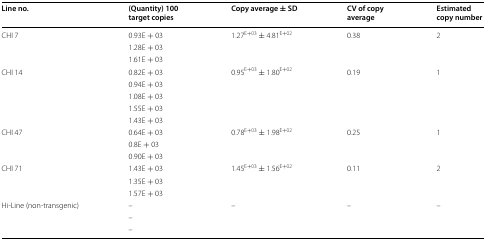
<table><thead><tr><td><b>Line no.</b></td><td><b>(Quantity) 100 target copies</b></td><td><b>Copy average ± SD</b></td><td><b>CV of copy average</b></td><td><b>Estimated copy number</b></td></tr></thead><tbody><tr><td rowspan="3">CHI 7</td><td>0.93E + 03</td><td rowspan="3">1.27<sup>E+03</sup> ± 4.81<sup>E+02</sup></td><td rowspan="3">0.38</td><td rowspan="3">2</td></tr><tr><td>1.28E + 03</td></tr><tr><td>1.61E + 03</td></tr><tr><td rowspan="5">CHI 14</td><td>0.82E + 03</td><td rowspan="5">0.95<sup>E+03</sup> ± 1.80<sup>E+02</sup></td><td rowspan="5">0.19</td><td rowspan="5">1</td></tr><tr><td>0.94E + 03</td></tr><tr><td>1.08E + 03</td></tr><tr><td>1.55E + 03</td></tr><tr><td>1.43E + 03</td></tr><tr><td rowspan="3">CHI 47</td><td>0.64E + 03</td><td rowspan="3">0.78<sup>E+03</sup> ± 1.98<sup>E+02</sup></td><td rowspan="3">0.25</td><td rowspan="3">1</td></tr><tr><td>0.8E + 03</td></tr><tr><td>0.90E + 03</td></tr><tr><td rowspan="3">CHI 71</td><td>1.43E + 03</td><td rowspan="3">1.45<sup>E+03</sup> ± 1.56<sup>E+02</sup></td><td rowspan="3">0.11</td><td rowspan="3">2</td></tr><tr><td>1.35E + 03</td></tr><tr><td>1.57E + 03</td></tr><tr><td rowspan="3">Hi-Line (non-transgenic)</td><td>–</td><td rowspan="3">–</td><td rowspan="3">–</td><td rowspan="3">–</td></tr><tr><td>–</td></tr><tr><td>–</td></tr></tbody></table>